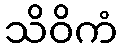
သိဝိကံ